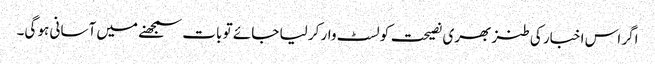
اگر اس اخبار کی طنز بھری نصیحت کو لسٹ وار کر لیا جائے تو بات سمجھنے میں آسانی ہو گی۔